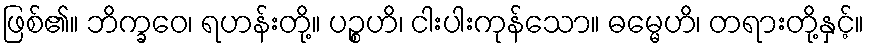
ဖြစ်၏။ ဘိက္ခဝေ၊ ရဟန်းတို့။ ပဉ္စဟိ၊ ငါးပါးကုန်သော။ ဓမ္မေဟိ၊ တရားတို့နှင့်။